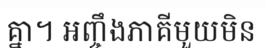
គ្នា។ អញ្ចឹងភាគីមួយមិន